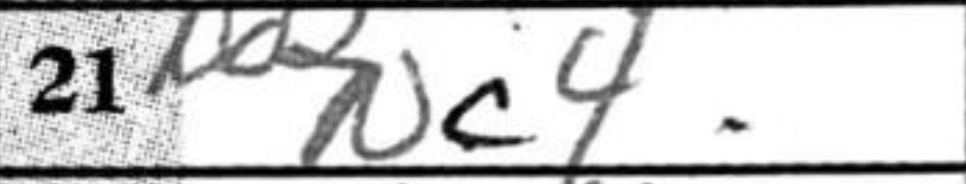
Transcription: Nc4